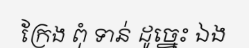
ក្រែង ពុំ ទាន់ ដូច្នេះ ឯង